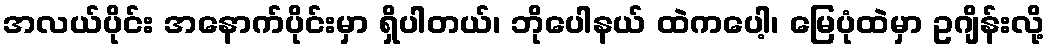
အလယ်ပိုင်း အနောက်ပိုင်းမှာ ရှိပါတယ်၊ ဘိုပေါနယ် ထဲကပေါ့၊ မြေပုံထဲမှာ ဥဂျိန်းလို့